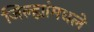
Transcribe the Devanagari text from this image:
जिल्ह्यांमधले